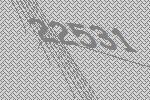
22531